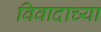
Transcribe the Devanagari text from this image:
विवादाच्या